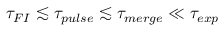
\tau _ { F I } \lesssim \tau _ { p u l s e } \lesssim \tau _ { m e r g e } \ll \tau _ { e x p }